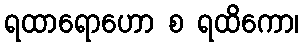
ရထာရောဟော စ ရထိကော၊